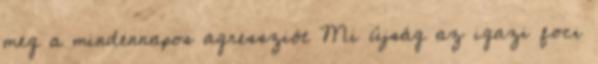
meg a mindennapos agressziót Mi újság az igazi foci